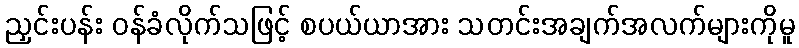
ညှင်းပန်း ဝန်ခံလိုက်သဖြင့် စပယ်ယာအား သတင်းအချက်အလက်များကိုမူ